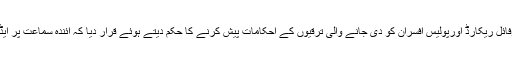
بعدازاں عدالت نے پولیس افسران کا سروس پروفائل ریکارڈ اورپولیس افسران کو دی جانے والی ترقیوں کے احکامات پیش کرنے کا حکم دیتے ہوئے قرار دیا کہ آئندہ سماعت پر ایڈووکیٹ جنرل پنجاب بھی عدالت میں پیش ہوں ۔